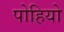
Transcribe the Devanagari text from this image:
पोहियो